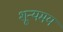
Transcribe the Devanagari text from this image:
शून्यमय